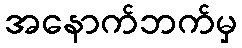
အနောက်ဘက်မှ